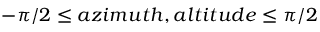
- \pi / 2 \leq a z i m u t h , a l t i t u d e \leq \pi / 2